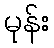
မုန်း